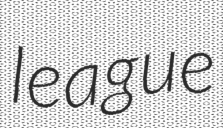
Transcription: league